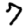
Digit: 7